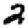
Digit: 2